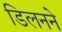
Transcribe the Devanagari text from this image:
डिलनने